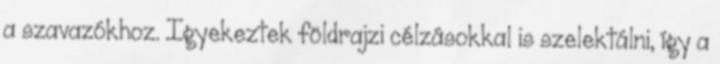
a szavazókhoz. Igyekeztek földrajzi célzásokkal is szelektálni, így a